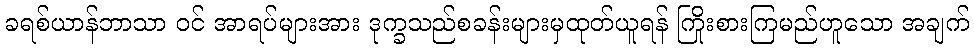
ခရစ်ယာန်ဘာသာ ဝင် အာရပ်များအား ဒုက္ခသည်စခန်းများမှထုတ်ယူရန် ကြိုးစားကြမည်ဟူသော အချက်